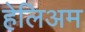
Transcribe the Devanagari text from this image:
हेलिअम